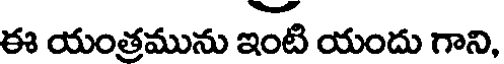
ఈ యంత్రమును ఇంటి యందు గాని,